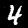
Digit: 4